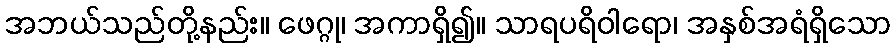
အဘယ်သည်တို့နည်း။ ဖေဂ္ဂု၊ အကာရှိ၍။ သာရပရိဝါရော၊ အနှစ်အရံရှိသော